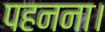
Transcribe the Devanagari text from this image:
पहनना।